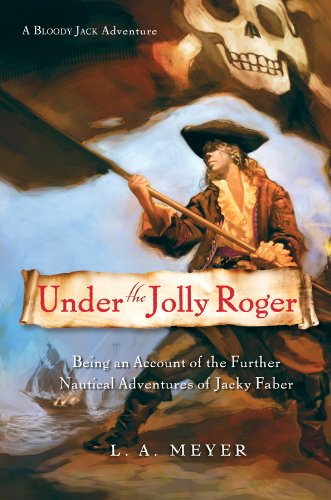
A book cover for Under the Jolly Roger: Being an Account of the Further Nautical Adventures of Jacky Faber (Bloody Jack Adventures); L. A. Meyer; Teen & Young Adult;